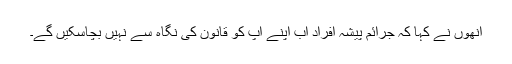
انھوں نے کہا کہ جرائم پیشہ افراد اب اپنے آپ کو قانون کی نگاہ سے نہیں بچاسکیں گے۔